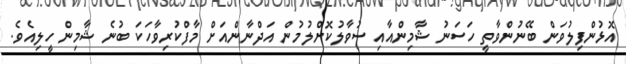
އޮޅުންފިލުވަން ބޭނުންވާތީ ހަސަނު ޝާމިންއާއި ސުވާލުކޮށްލުމުން އަދްނާންއަށް މާފްކުރިވާހަކަ ބުނެ ޝާމިން ހީލިއެވެ.